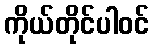
ကိုယ်တိုင်ပါဝင်